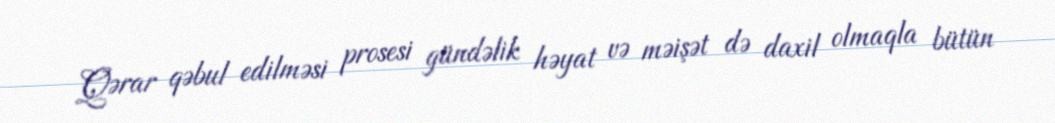
Qərar qəbul edilməsi prosesi gündəlik həyat və məişət də daxil olmaqla bütün